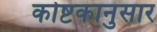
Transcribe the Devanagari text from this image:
कोष्टकानुसार